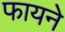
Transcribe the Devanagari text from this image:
फायने